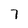
Character: 7